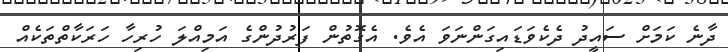
ދާނެ ކަަމަށް ސައީދު ދެކެވަޑައިގަންނަވަ އެވެ. އެގޮތުން ފަރުދުންގެ އަމިއްލަ ހުރިހާ ހަރަކާތްތަކެއް